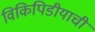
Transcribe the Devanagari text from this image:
विकिपिडीयाची